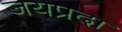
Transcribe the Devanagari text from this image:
जयप्रदा